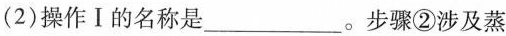
(2)操作Ⅰ的名称是___。步骤②涉及蒸